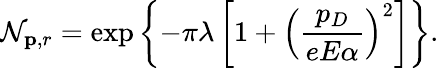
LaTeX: \mathcal{N}_{{\mathbf{p}},r}=\exp\left\{ -\pi\lambda\left[1+\left(\frac{{p_{D}}}{{eE\alpha}}\right)^{2}\right]\right\} .